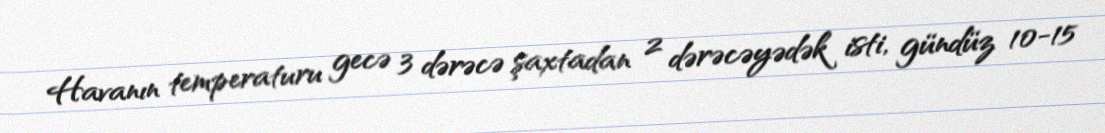
Havanın temperaturu gecə 3 dərəcə şaxtadan 2 dərəcəyədək isti, gündüz 10-15